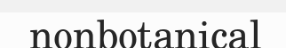
nonbotanical